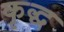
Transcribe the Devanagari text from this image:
कृद्ध